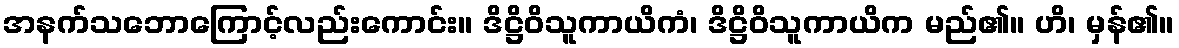
အနက်သဘောကြောင့်လည်းကောင်း။ ဒိဋ္ဌိဝိသူကာယိကံ၊ ဒိဋ္ဌိဝိသူကာယိက မည်၏။ ဟိ၊ မှန်၏။